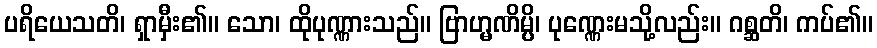
ပရိယေသတိ၊ ရှာမှီး၏။ သော၊ ထိုပုဏ္ဏားသည်။ ဗြာဟ္မဏိမ္ပိ၊ ပုဏ္ဏေးမသို့လည်း။ ဂစ္ဆတိ၊ ကပ်၏။